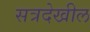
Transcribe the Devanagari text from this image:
सत्रदेखील